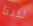
لدينا